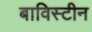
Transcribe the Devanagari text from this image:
बाविस्टीन